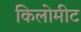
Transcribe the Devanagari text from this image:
किलोमीट